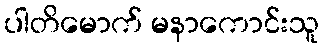
ပါတိမောက် မနာကောင်းသူ